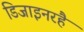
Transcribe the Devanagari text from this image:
डिजाइनरहै